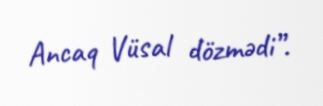
Ancaq Vüsal dözmədi”.